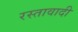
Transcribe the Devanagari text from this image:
रस्तावादी